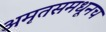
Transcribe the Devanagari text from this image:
अमृतसमधूनच